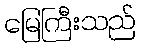
မြေကြီးသည်